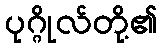
ပုဂ္ဂိုလ်တို့၏